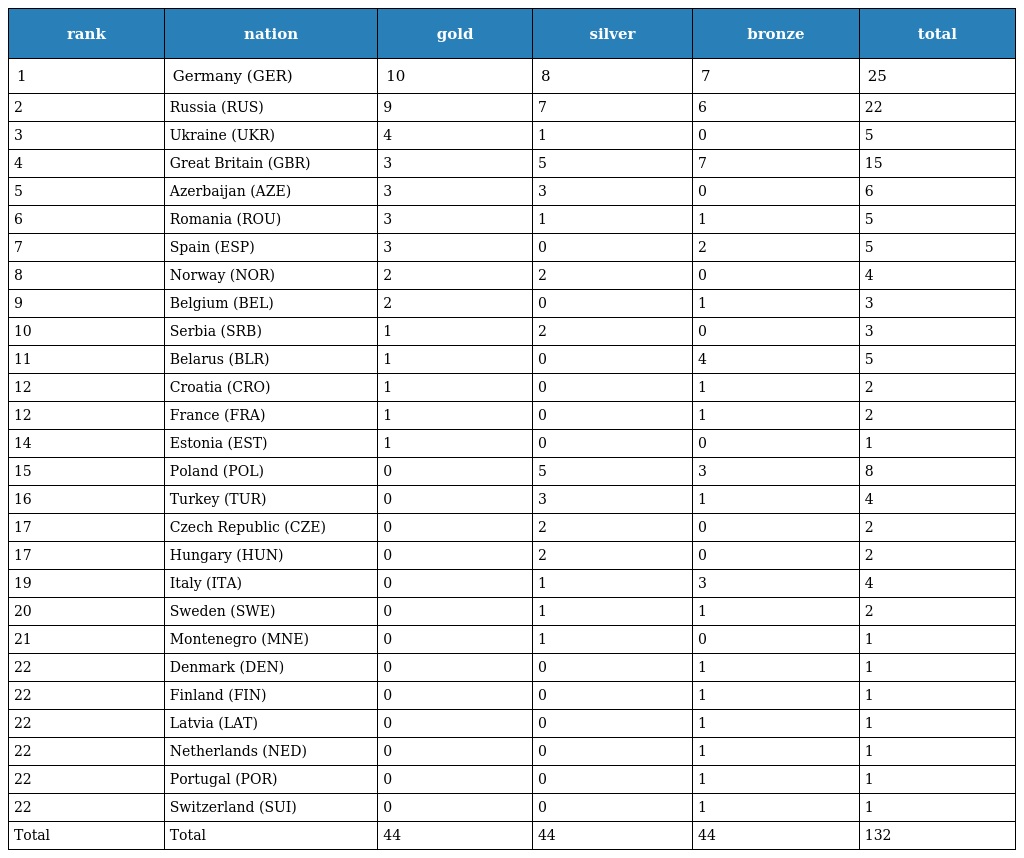
| rank | nation | gold | silver | bronze | total |
 | --- | --- | --- | --- | --- | --- |
 | 1 | Germany (GER) | 10 | 8 | 7 | 25 |
 | 2 | Russia (RUS) | 9 | 7 | 6 | 22 |
 | 3 | Ukraine (UKR) | 4 | 1 | 0 | 5 |
 | 4 | Great Britain (GBR) | 3 | 5 | 7 | 15 |
 | 5 | Azerbaijan (AZE) | 3 | 3 | 0 | 6 |
 | 6 | Romania (ROU) | 3 | 1 | 1 | 5 |
 | 7 | Spain (ESP) | 3 | 0 | 2 | 5 |
 | 8 | Norway (NOR) | 2 | 2 | 0 | 4 |
 | 9 | Belgium (BEL) | 2 | 0 | 1 | 3 |
 | 10 | Serbia (SRB) | 1 | 2 | 0 | 3 |
 | 11 | Belarus (BLR) | 1 | 0 | 4 | 5 |
 | 12 | Croatia (CRO) | 1 | 0 | 1 | 2 |
 | 12 | France (FRA) | 1 | 0 | 1 | 2 |
 | 14 | Estonia (EST) | 1 | 0 | 0 | 1 |
 | 15 | Poland (POL) | 0 | 5 | 3 | 8 |
 | 16 | Turkey (TUR) | 0 | 3 | 1 | 4 |
 | 17 | Czech Republic (CZE) | 0 | 2 | 0 | 2 |
 | 17 | Hungary (HUN) | 0 | 2 | 0 | 2 |
 | 19 | Italy (ITA) | 0 | 1 | 3 | 4 |
 | 20 | Sweden (SWE) | 0 | 1 | 1 | 2 |
 | 21 | Montenegro (MNE) | 0 | 1 | 0 | 1 |
 | 22 | Denmark (DEN) | 0 | 0 | 1 | 1 |
 | 22 | Finland (FIN) | 0 | 0 | 1 | 1 |
 | 22 | Latvia (LAT) | 0 | 0 | 1 | 1 |
 | 22 | Netherlands (NED) | 0 | 0 | 1 | 1 |
 | 22 | Portugal (POR) | 0 | 0 | 1 | 1 |
 | 22 | Switzerland (SUI) | 0 | 0 | 1 | 1 |
 | Total | Total | 44 | 44 | 44 | 132 |